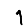
Digit: 1